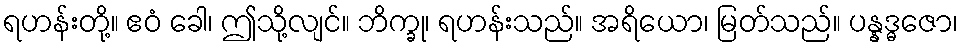
ရဟန်းတို့။ ဧဝံ ခေါ၊ ဤသို့လျင်။ ဘိက္ခု၊ ရဟန်းသည်။ အရိယော၊ မြတ်သည်။ ပန္နဒ္ဓဇော၊